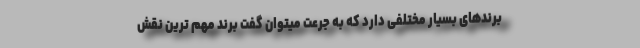
برندهای بسیار مختلفی دارد که به جرعت میتوان گفت برند مهم ترین نقش